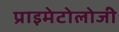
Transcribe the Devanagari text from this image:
प्राइमेटोलोजी